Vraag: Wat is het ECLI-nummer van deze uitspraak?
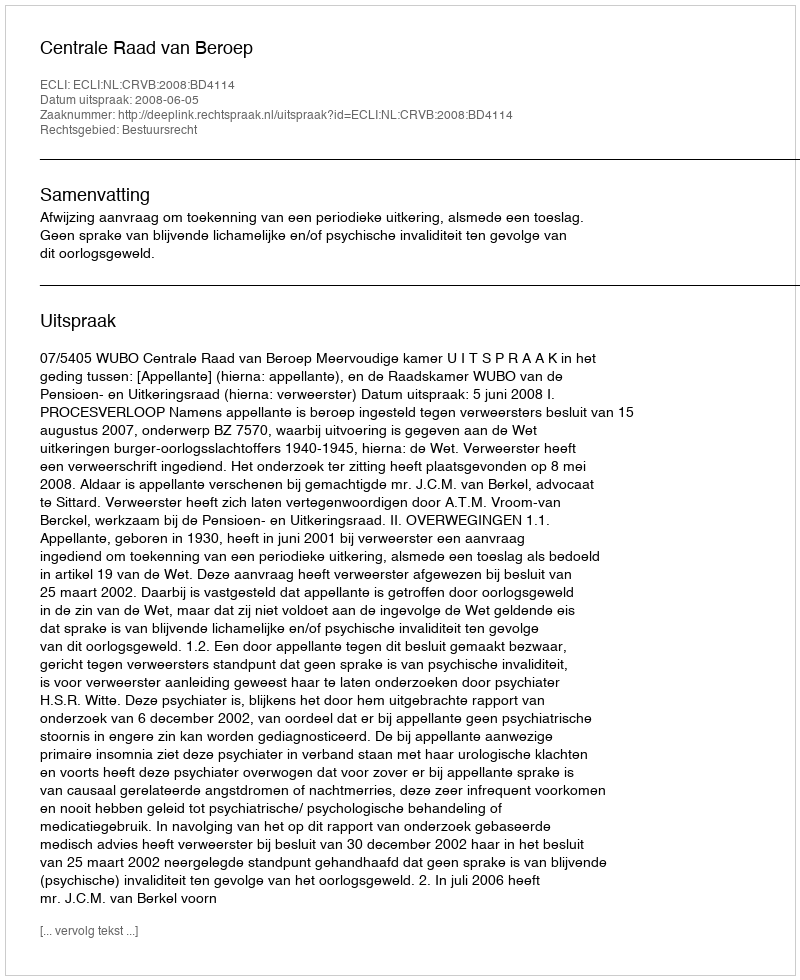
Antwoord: ECLI:NL:CRVB:2008:BD4114